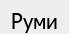
Руми